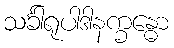
သင်္ခါရုပါဒါနက္ခန္ဓော